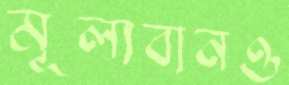
মূল্যবানও